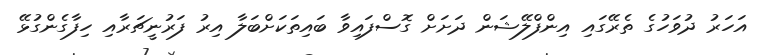
އަހަރު ދުވަހުގެ ތެރޭގައި އިންފްލޭޝަން ދަށަށް ގޮސްފައިވާ ބައިތަކަށްބަލާ އިރު ފަރުނީޗަރާއި ހިފާގެންގުޅޭ